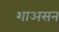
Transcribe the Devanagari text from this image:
शाअसन